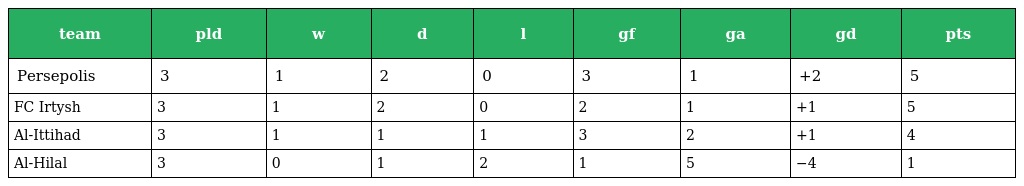
| team | pld | w | d | l | gf | ga | gd | pts |
 | --- | --- | --- | --- | --- | --- | --- | --- | --- |
 | Persepolis | 3 | 1 | 2 | 0 | 3 | 1 | +2 | 5 |
 | FC Irtysh | 3 | 1 | 2 | 0 | 2 | 1 | +1 | 5 |
 | Al-Ittihad | 3 | 1 | 1 | 1 | 3 | 2 | +1 | 4 |
 | Al-Hilal | 3 | 0 | 1 | 2 | 1 | 5 | −4 | 1 |